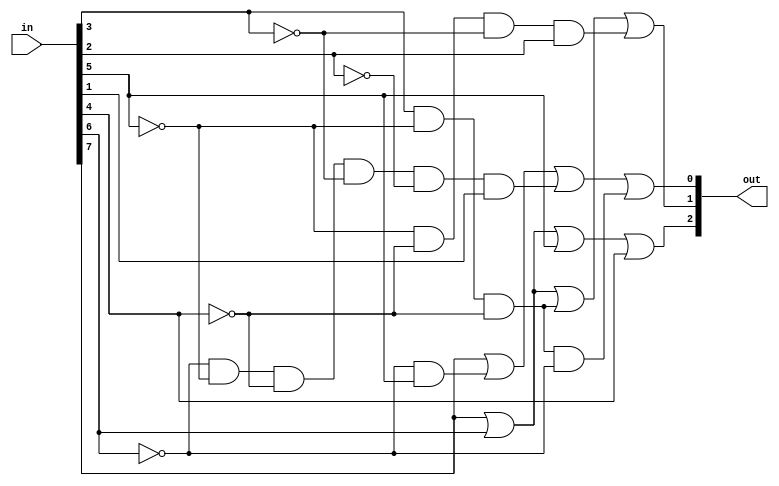
module encoder(input [7:0]in , output [2:0] out);
wire[4:0] x;
wire[5:0] n;
not(n[5],in[5]);
not(n[4],in[4]);
not(n[3],in[3]);
not(n[2],in[6]);
not(n[1],in[2]);
or(out[2],in[7],in[6],in[5],in[4]);
and(x[0],in[3],n[5],n[4]);//!5,!4,3
and(x[1],n[5],n[4],n[3],in[2]);//!5,!4,!3,2
and(x[2],x[0],n[2]);//!6,!5,!4,3
and(x[3],n[2],in[5]);//!6,5
and(x[4],n[2],n[5],n[4],n[3],n[1],in[1]);//!6,!5,!4,!3,!2,1
or(out[1],in[7],in[6],x[0],x[1]);
or(out[0],in[7],x[3],x[4],x[2]);
endmodule